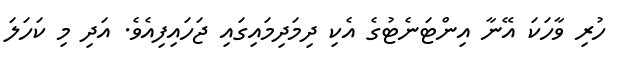
ހުރި ވާހަކަ އޭނާ އިންޓަނެޓުގެ އެކި ދިމަދިމައިގައި ޖަހައިފިއެވެ. އަދި މި ކަހަލަ